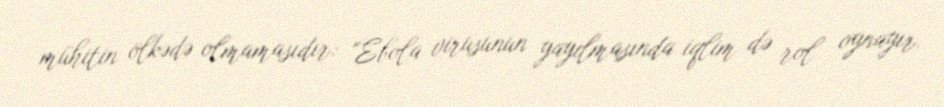
mühitin ölkədə olmamasıdır: "Ebola virusunun yayılmasında iqlim də rol oynayır.